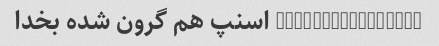
@saeidshikhy_315 اسنپ هم گرون شده بخدا